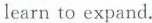
learn to expand.